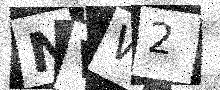
Text: NVW2